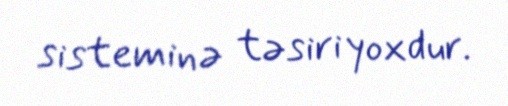
sisteminə təsiri yoxdur.